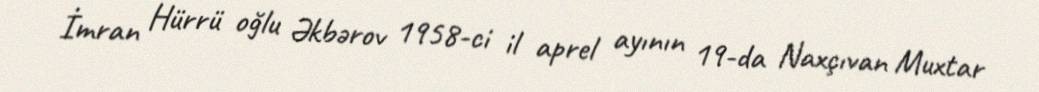
İmran Hürrü oğlu Əkbərov 1958-ci il aprel ayının 19-da Naxçıvan Muxtar